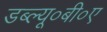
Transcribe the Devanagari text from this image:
डब्ल्यू०बी०ए